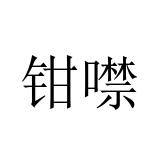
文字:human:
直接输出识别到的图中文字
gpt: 钳噤